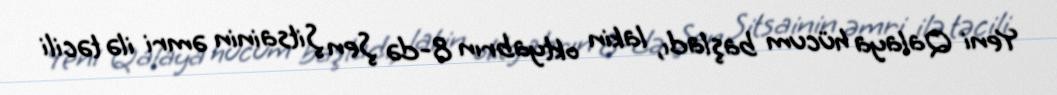
Yeni Qalaya hücum başladı, lakin oktyabrın 8-də Şen Şitsainin əmri ilə təcili